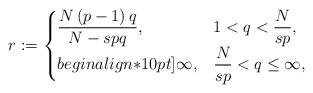
LaTeX: \begin{align*}r := \begin{cases}\dfrac{N\, (p - 1)\, q}{N - spq}, & 1 < q < \dfrac{N}{sp}, \\begin{align*}10pt]\infty, & \dfrac{N}{sp} < q \le \infty,\end{cases}\end{align*}